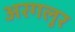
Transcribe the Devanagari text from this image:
अरगलुर